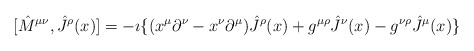
\begin{align*}[{\hat M}^{\mu\nu},{\hat J}^{\rho}(x)]= -\imath\{(x^{\mu}\partial^{\nu}-x^{\nu}\partial^{\mu}){\hat J}^{\rho}(x)+g^{\mu\rho}{\hat J}^{\nu}(x)-g^{\nu\rho}{\hat J}^{\mu}(x)\}\end{align*}